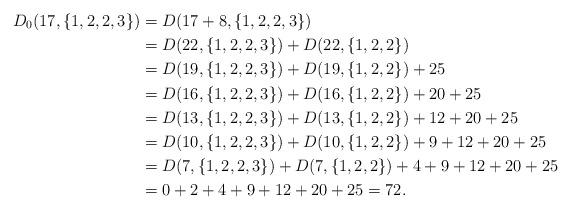
LaTeX: \begin{align*}D_0(17,\{1,2,2,3\})&=D(17+8,\{1,2,2,3\})\\&=D(22,\{1,2,2,3\})+D(22,\{1,2,2\})\\&=D(19,\{1,2,2,3\})+D(19,\{1,2,2\})+25\\&=D(16,\{1,2,2,3\})+D(16,\{1,2,2\})+20+25\\&=D(13,\{1,2,2,3\})+D(13,\{1,2,2\})+12+20+25\\&=D(10,\{1,2,2,3\})+D(10,\{1,2,2\})+9+12+20+25\\&=D(7,\{1,2,2,3\})+D(7,\{1,2,2\})+4+9+12+20+25\\&=0+2+4+9+12+20+25=72.\end{align*}